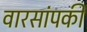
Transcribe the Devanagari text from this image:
वारसांपकी